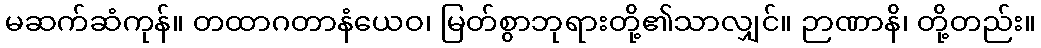
မဆက်ဆံကုန်။ တထာဂတာနံယေဝ၊ မြတ်စွာဘုရားတို့၏သာလျှင်။ ဉာဏာနိ၊ တို့တည်း။